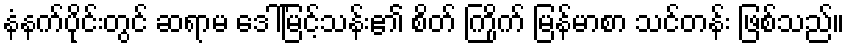
နံနက်ပိုင်းတွင် ဆရာမ ဒေါ်မြင့်သန်း၏ စိတ် ကြိုက် မြန်မာစာ သင်တန်း ဖြစ်သည်။